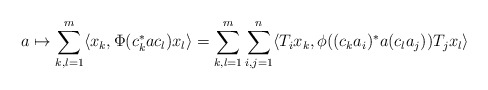
\begin{align*} a \mapsto \sum_{k,l=1}^m \langle x_k , \Phi( c_k^\ast a c_l) x_l \rangle = \sum_{k,l=1}^m \sum_{i,j=1}^n \langle T_ix_k , \phi((c_k a_i)^\ast a (c_l a_j)) T_j x_l \rangle\end{align*}